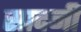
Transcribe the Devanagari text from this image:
सादनी